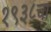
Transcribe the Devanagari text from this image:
१९३८चा